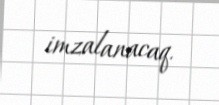
imzalanacaq.